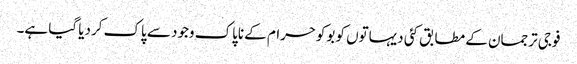
فوجی ترجمان کے مطابق کئی دیہاتوں کو بوکوحرام کے ناپاک وجود سے پاک کردیا گیا ہے۔